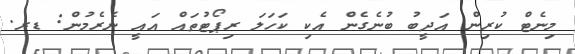
މިނެޓް ކުރިން އަދީބު ބުނެގެން އެކި ކަހަލަ ރިޕޯޓުތައް އައީ ނެރެމުން: ޑރ.